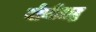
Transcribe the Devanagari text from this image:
योगीभद्र